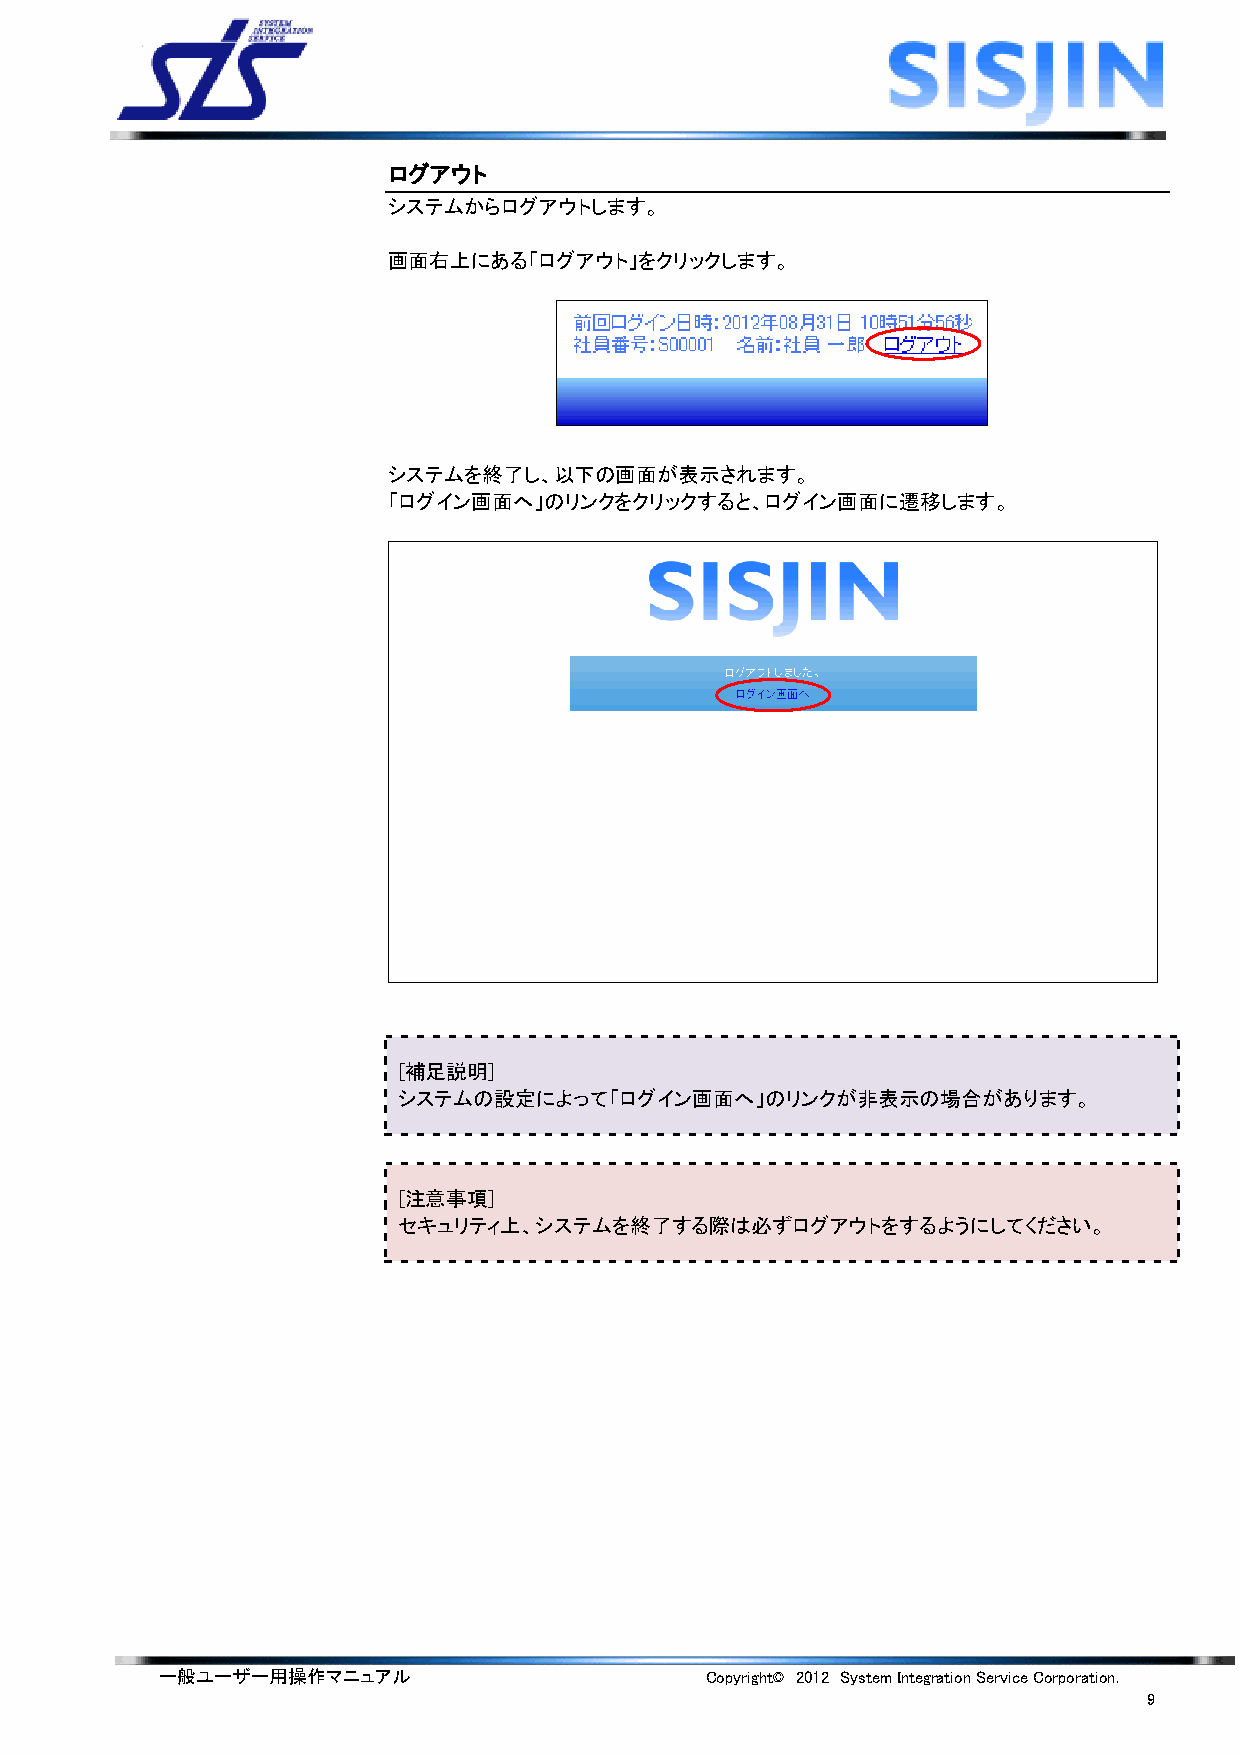
ログアウト
 システムからログアウトします。
 画面右上にある「ログアウト」をクリックします。
 システムを終了し、以下の画面が表示されます。
 「ログイン画面へ」のリンクをクリックすると、ログイン画面に遷移します。
 [補足説明]
 システムの設定によって「ログイン画面へ」のリンクが非表示の場合があります。
 [注意事項]
 セキュリティ上、システムを終了する際は必ずログアウトをするようにしてください。
 一般ユーザー用操作マニュアル                      Copyright© 2012 System Integration Service Corporation.
 9